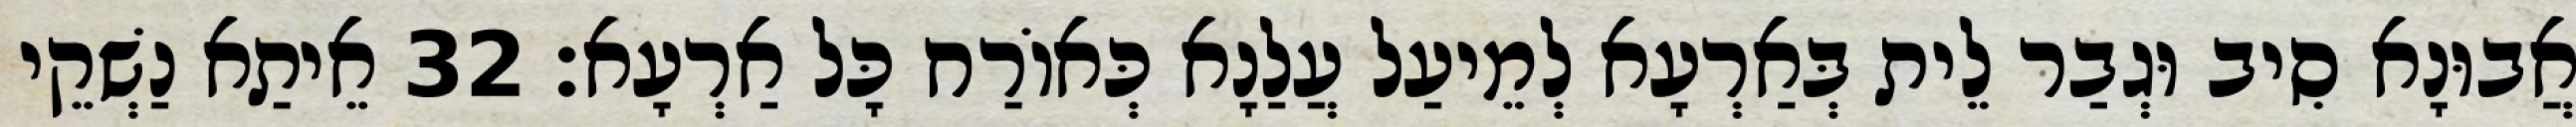
אֲבוּנָא סִיב וּגְבַר לֵית בְּאַרְעָא לְמֵיעַל עֲלַנָא כְּאוֹרַח כָּל אַרְעָא׃ 32 אֵיתַא נַשְׁקֵי